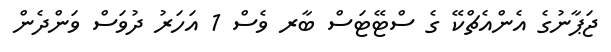
ޖަޕާނުގެ އެންއެޗްކޭ ގެ ސްޓޭޓަސް ބާރ ވެސް 1 އަހަރު ދުވަސް ވަންދެން